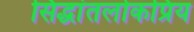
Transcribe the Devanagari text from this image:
सिद्धांतलोकप्रिय